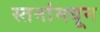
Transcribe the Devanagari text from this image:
स्तनांमधून